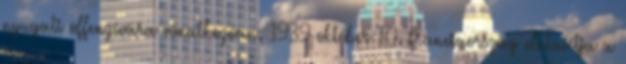
nyugati offenzívára vonatkozóan. 1939 október 10. Franciaország elutasítja a